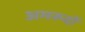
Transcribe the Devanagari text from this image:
अमरूदों